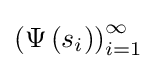
\left(\Psi \left(s_{i}\right)\right)_{i=1}^{\infty }